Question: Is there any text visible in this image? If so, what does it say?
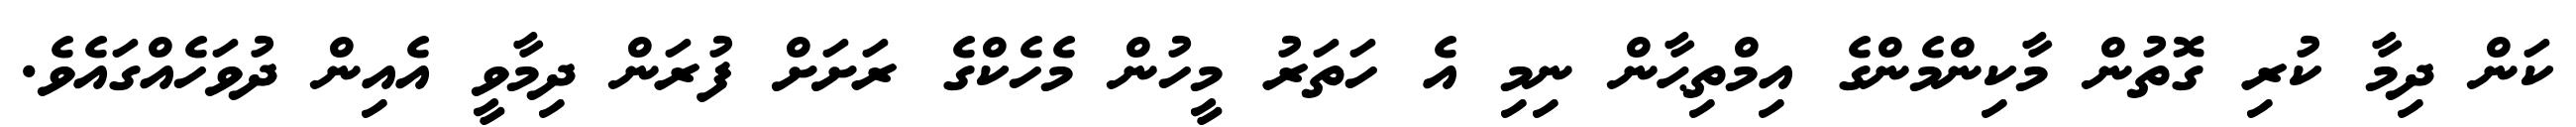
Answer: ކަން ދިމާ ކުރި ގޮތުން މާކިންމެންގެ އިމްތިޙާން ނިމި އެ ހަތަރު މީހުން މެހެކްގެ ރަށަށް ފުރަން ދިމާވީ އެއިން ދުވަހެއްގައެވެ.